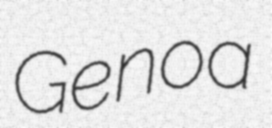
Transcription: Genoa